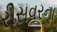
રીસવરના